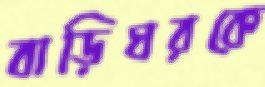
বাড়িঘরকে